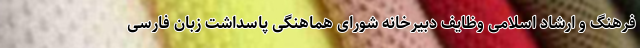
فرهنگ و ارشاد اسلامی وظایف دبیرخانه شورای هماهنگی پاسداشت زبان فارسی